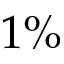
1 \%